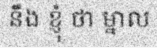
នឹង ខ្ញុំ ថា ម្នាល